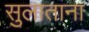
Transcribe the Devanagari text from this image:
सुलाताना